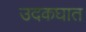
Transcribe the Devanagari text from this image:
उदकघात